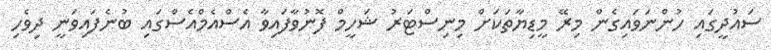
ސައުދީގައި ހުންނަވައިގެން މިރޭ މީޑިޔާތަކަށް މިނިސްޓަރު ޝަހީމް ފޮނުވާފައިވާ އެސްއެމްއެސްގައި ބުނެފައިވަނީ ދިވެހި